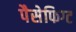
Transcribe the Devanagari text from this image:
पैसेफिग्ट